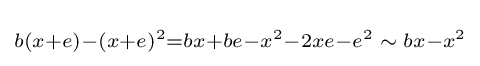
\scriptstyle b(x+e)-(x+e)^{2}=bx+be-x^{2}-2xe-e^{2}\;\sim \;bx-x^{2}